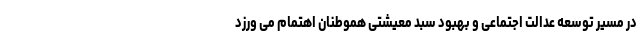
در مسیر توسعه عدالت اجتماعی و بهبود سبد معیشتی هموطنان اهتمام می ورزد